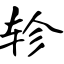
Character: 轸